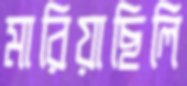
মারিয়াছিলি